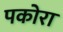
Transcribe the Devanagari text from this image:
पकोरा